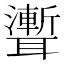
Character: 聻